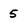
Character: 5